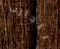
بتجارب